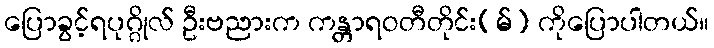
ပြောခွင့်ရပုဂ္ဂိုလ် ဦးဗညားက ကန္တာရဝတီတိုင်း(မ်) ကိုပြောပါတယ်။